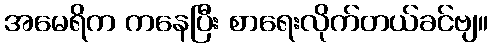
အမေရိက ကနေပြီး စာရေးလိုက်တယ်ခင်ဗျ။